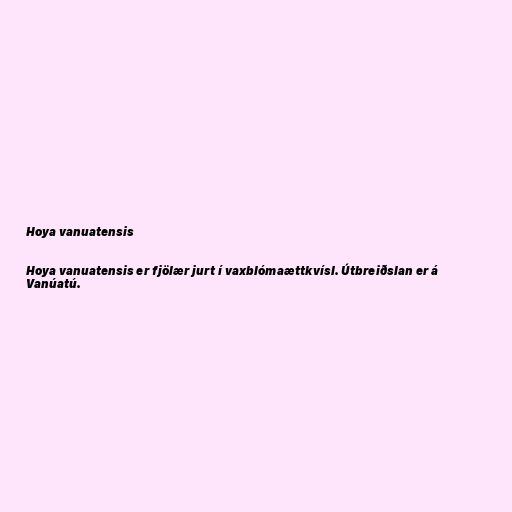
Hoya vanuatensis

Hoya vanuatensis er fjölær jurt í vaxblómaættkvísl. Útbreiðslan er á
Vanúatú.